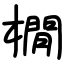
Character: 橌